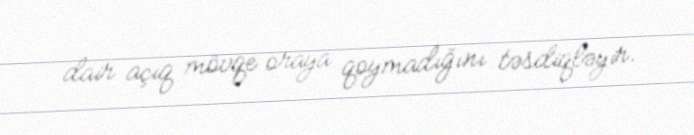
dair açıq mövqe oraya qoymadığını təsdiqləyir.